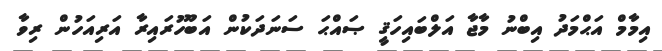
އިމާމް އަޙްމަދު އިބްނު މާޖާ އަލްބައިހަޤީ ޞައްޙަ ސަނަދަކުން އަބޫހުރައިރާ އަރިއަހުން ރިވާ